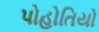
પોહોતિયો